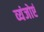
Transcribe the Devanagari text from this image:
व्यंजोएं